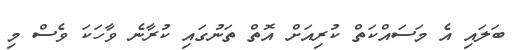
ބަލައި އެ މަސައްކަތް ކުރިއަށް އޮތް ތަނުގައި ކުރާނެ ވާހަކަ ވެސް މި